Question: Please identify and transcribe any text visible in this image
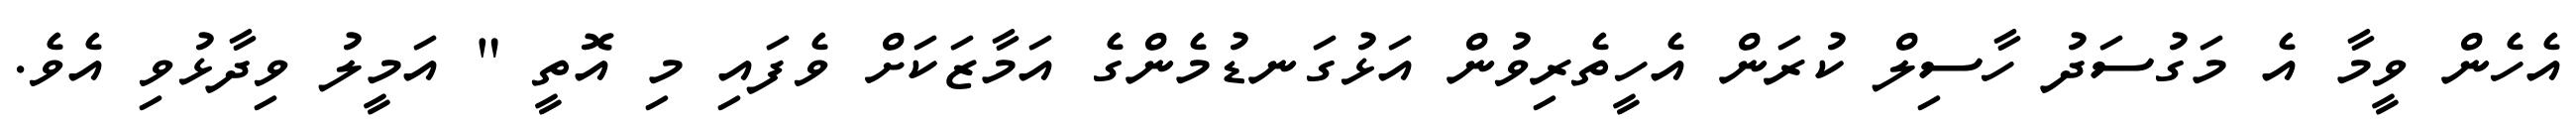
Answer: އެހެން ވީމާ އެ މަގުސަދު ހާސިލް ކުރަން އެހީތެރިވުން އަޅުގަނޑުމެންގެ އަމާޒަކަށް ވެފައި މި އޮތީ " އަމީލު ވިދާޅުވި އެވެ.